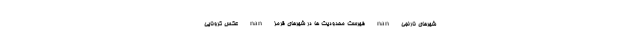
شهرهای نارنجی nan فهرست محدودیت ها در شهرهای قرمز nan عکس کرونایی